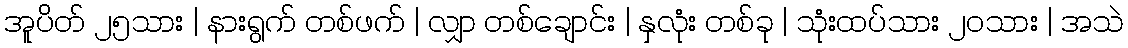
အူပိတ် ၂၅သား | နားရွက် တစ်ဖက် | လျှာ တစ်ချောင်း | နှလုံး တစ်ခု | သုံးထပ်သား ၂၀သား | အသဲ